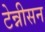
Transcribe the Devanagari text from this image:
टेन्नीसन